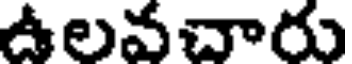
ఉలవచారు